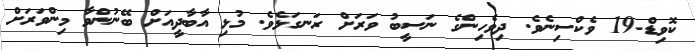
ކޮވިޑް-19 ވެކްސިނެވެ. ދިވެހިންގެ ނަސީބު ވަރަށް ރަނގަޅެވެ. މުޅި އާބާދީއަށް ބޭނުންވާ މިންވަރަށް